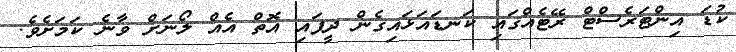
ކުޑަ އިންޓަރެސްޓް ރޭޓެއްގައި ކަނޑައަޅައިގެން ދީފައި އޮތް އެއް ލޯނަށް ވާނެ ކަމަށެވެ.